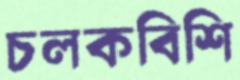
চলকবিশি